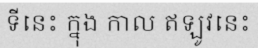
ទីនេះ ក្នុង កាល ឥឡូវនេះ